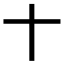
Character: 𬂛